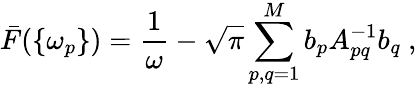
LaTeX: \bar{F}(\{ \omega_{p}\} )=\frac{1}{\omega}-\sqrt{\pi}\sum_{p,q=1}^{M}b_{p}A_{pq}^{-1}b_{q}\ ,